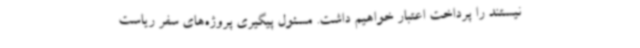
نیستند را پرداخت اعتبار خواهیم داشت. مسئول پیگیری پروژه‌های سفر ریاست